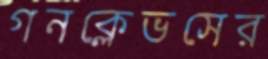
গনক্লেভসের